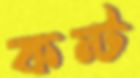
কন্ট